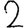
Digit: 2